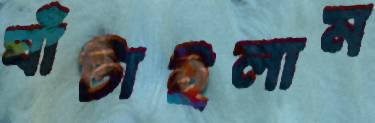
ঘাঁটাইলাম